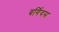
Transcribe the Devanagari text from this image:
बर्गियस